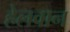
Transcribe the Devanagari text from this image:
हेलवान